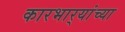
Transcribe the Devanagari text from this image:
कारभार्‍यांच्या